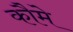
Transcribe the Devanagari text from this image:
कौमे